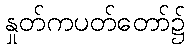
နှုတ်ကပတ်တော်၌